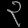
Digit: ၃